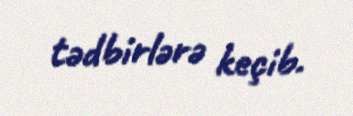
tədbirlərə keçib.